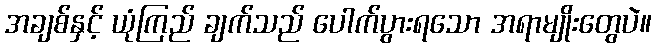
အချစ်နှင့် ယုံကြည် ချက်သည် ပေါက်ပွားရသော အရာမျိုးတွေပဲ။